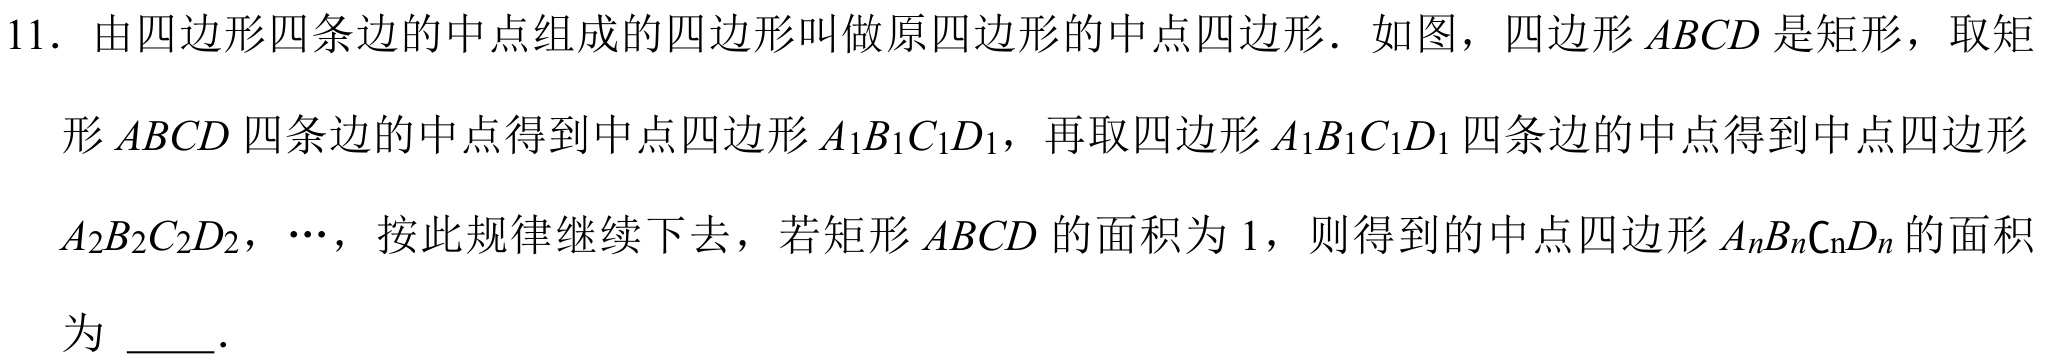
11. 由四边形四条边的中点组成的四边形叫做原四边形的中点四边形．如图，四边形\(ABCD\)是矩形，取矩形\(ABCD\)四条边的中点得到中点四边形\(A_{1}B_{1}C_{1}D_{1}\)，再取四边形\(A_{1}B_{1}C_{1}D_{1}\)四条边的中点得到中点四边形\(A_{2}B_{2}C_{2}D_{2}\)，\(\cdots\)，按此规律继续下去，若矩形\(ABCD\)的面积为\(1\)，则得到的中点四边形\(A_{n}B_{n}C_{n}D_{n}\)的面积为 \(\underline{\quad\quad}\)．